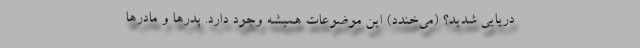
دریایی شدید؟ (می‌خندد) این موضوعات همیشه وجود دارد. پدرها و مادرها